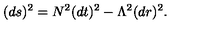
( d s ) ^ { 2 } = N ^ { 2 } ( d t ) ^ { 2 } - \Lambda ^ { 2 } ( d r ) ^ { 2 } .